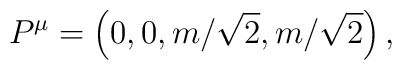
P^{\mu} = \left(0, 0, m/\sqrt{2}, m/\sqrt{2}\right) ,